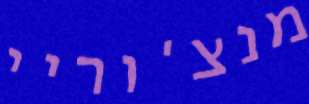
מנצ'וריי